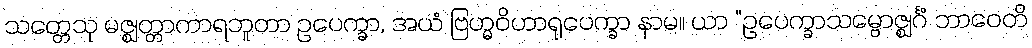
သတ္တေသု မဇ္ဈတ္တာကာရဘူတာ ဥပေက္ခာ, အယံ ဗြဟ္မဝိဟာရုပေက္ခာ နာမ။ ယာ “ဥပေက္ခာသမ္ဗောဇ္ဈင်္ဂံ ဘာဝေတိ